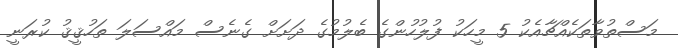
މަސްތުވާތަކެއްޗާއެކު 5 މީހަކު ފުލުހުންގެ ބެލުމުގެ ދަށަށް ގެނެސް މައްސަލަ ތަހުޤީޤު ކުރަނީ